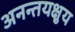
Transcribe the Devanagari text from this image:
अनन्तयक्षुय